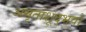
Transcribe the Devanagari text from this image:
अमृतांशूद्भवो